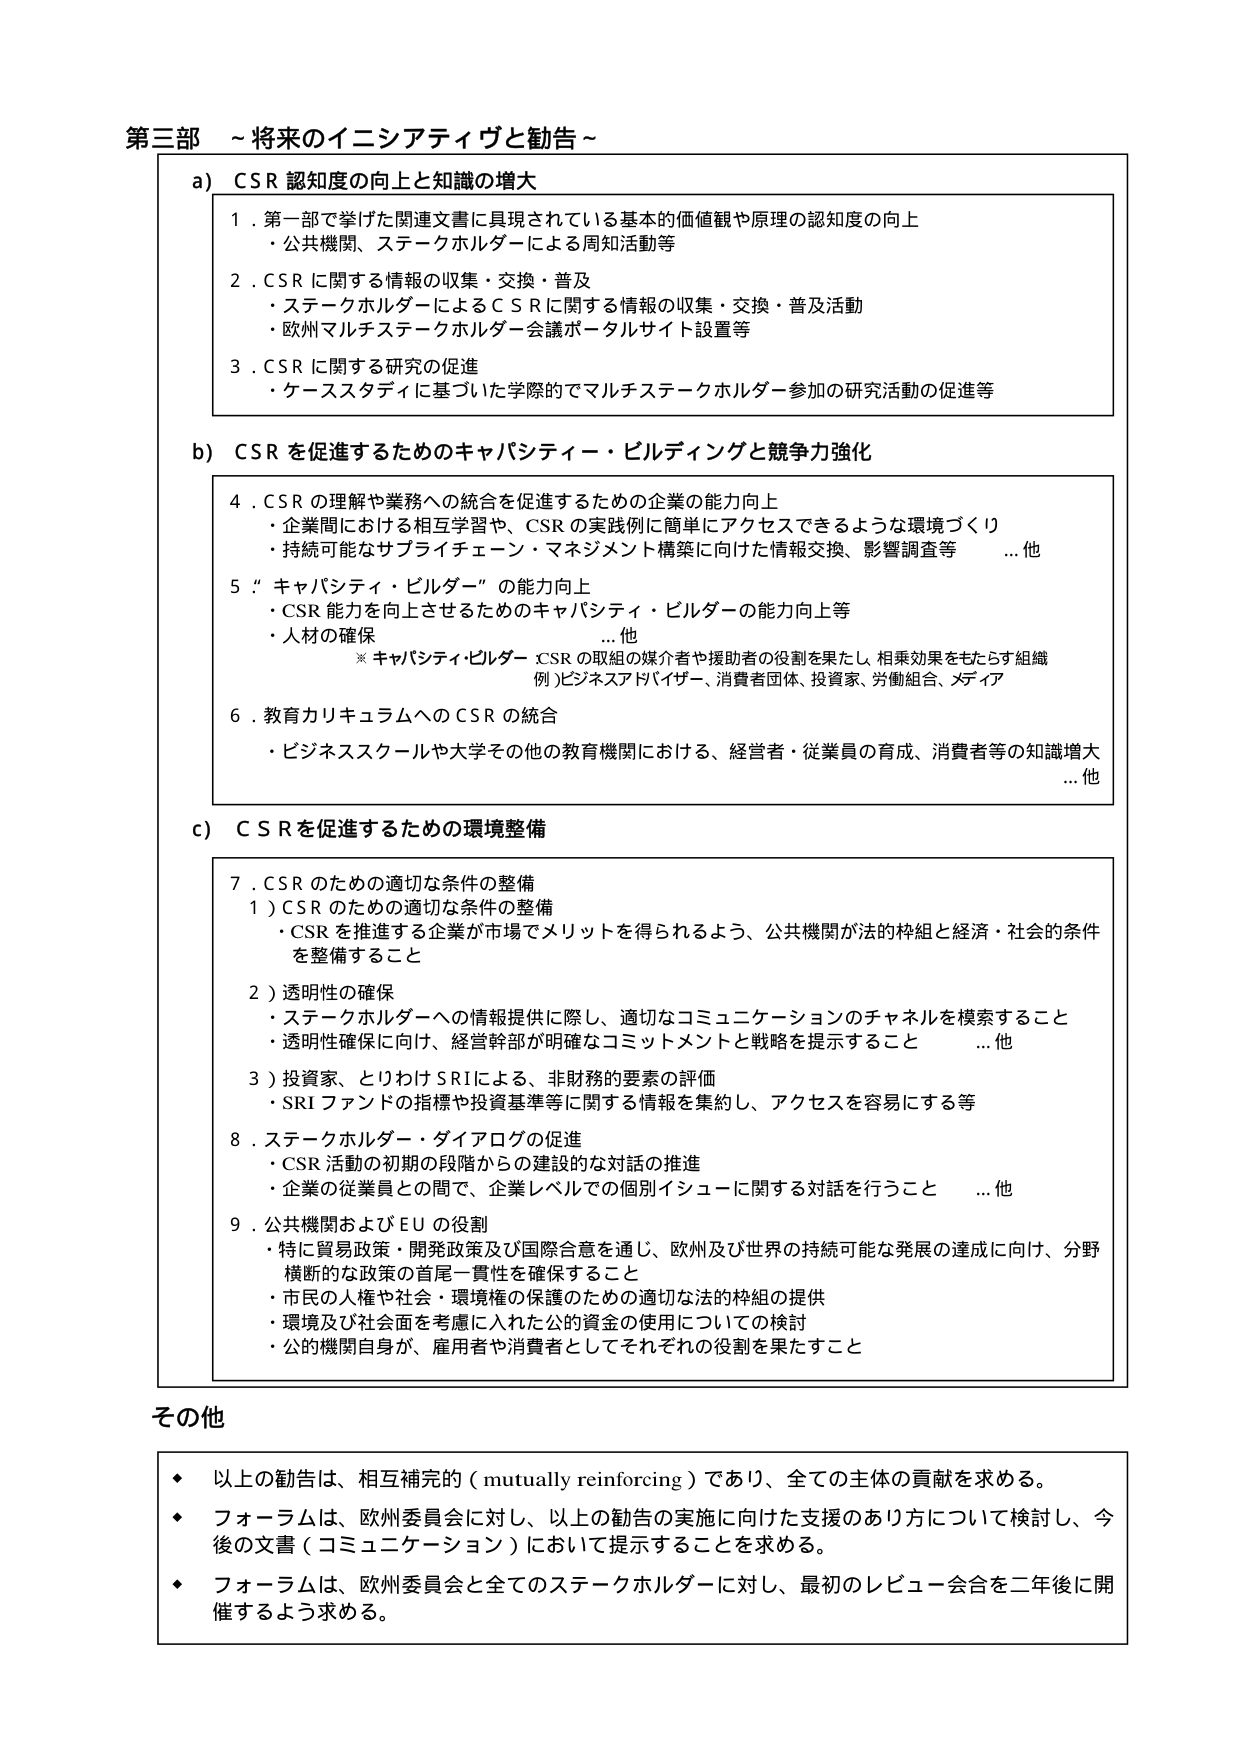
第三部 ～将来のイニシアティヴと勧告～

a) CSR 認知度の向上と知識の増大
1．第一部で挙げた関連文書に具現されている基本的価値観や原理の認知度の向上
・公共機関、ステークホルダーによる周知活動等
2．CSR に関する情報の収集・交換・普及
・ステークホルダーによるＣＳＲに関する情報の収集・交換・普及活動
・欧州マルチステークホルダー会議ポータルサイト設置等
3．CSR に関する研究の促進
・ケーススタディに基づいた学際的でマルチステークホルダー参加の研究活動の促進等

b) CSR を促進するためのキャパシティー・ビルディングと競争力強化
4．CSR の理解や業務への統合を促進するための企業の能力向上
・企業間における相互学習や、CSR の実践例に簡単にアクセスできるような環境づくり
・持続可能なサプライチェーン・マネジメント構築に向けた情報交換、影響調査等 …他
5．“キャパシティ・ビルダー”の能力向上
・CSR 能力を向上させるためのキャパシティ・ビルダーの能力向上等
・人材の確保 …他
※キャパシティ・ビルダー：CSR の取組の媒介者や援助者の役割を果たし、相乗効果をもたらす組織
例）ビジネスアドバイザー、消費者団体、投資家、労働組合、メディア
6．教育カリキュラムへのCSR の統合
・ビジネススクールや大学その他の教育機関における、経営者・従業員の育成、消費者等の知識増大 …他

c) CSR を促進するための環境整備
7．CSR のための適切な条件の整備
1）CSR のための適切な条件の整備
・CSR を推進する企業が市場でメリットを得られるよう、公共機関が法的枠組と経済・社会的条件を整備すること
2）透明性の確保
・ステークホルダーへの情報提供に際し、適切なコミュニケーションのチャネルを模索すること
・透明性確保に向け、経営幹部が明確なコミットメントと戦略を提示すること …他
3）投資家、とりわけSRI による、非財務的要素の評価
・SRI ファンドの指標や投資基準等に関する情報を集約し、アクセスを容易にする等
8．ステークホルダー・ダイアログの促進
・CSR 活動の初期の段階からの建設的な対話の推進
・企業の従業員との間で、企業レベルでの個別イシューに関する対話を行うこと …他
9．公共機関およびEU の役割
・特に貿易政策・開発政策及び国際合意を通じ、欧州及び世界の持続可能な発展の達成に向け、分野横断的な政策の首尾一貫性を確保すること
・市民の人権や社会・環境権の保護のための適切な法的枠組の提供
・環境及び社会面を考慮に入れた公的資金の使用についての検討
・公的機関自身が、雇用者や消費者としてそれぞれの役割を果たすこと

その他
・以上の勧告は、相互補完的（mutually reinforcing）であり、全ての主体の貢献を求める。
・フォーラムは、欧州委員会に対し、以上の勧告の実施に向けた支援のあり方について検討し、今後の文書（コミュニケーション）において提示することを求める。
・フォーラムは、欧州委員会と全てのステークホルダーに対し、最初のレビュー会合を二年後に開催するよう求める。